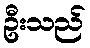
ဦးသည်